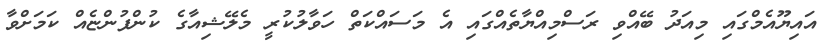
އައިޔޫއެމްގައި މިއަދު ބޭއްވި ރަސްމިއްޔާތެއްގައި އެ މަސައްކަތް ހަވާލުކުރީ މެލޭޝިއާގެ ކުންފުންޏެއް ކަމަށްވާ